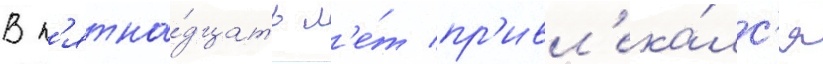
В п'ятна́дцать л'е́т пр'ивл'ека́лс'я